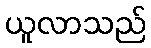
ယူလာသည်